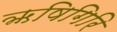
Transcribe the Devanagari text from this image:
ऋषिगिरि